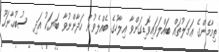
ތިމާމެންގެ ޢަމަލުތައް ބައްލަވައިވޮޑިގަންވާ އިލާހުގެ ބެއްލެވުން ހަދާންނުވާ ބަޔަކު އަދި  ސުބުޙާނަހޫ